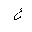
Letter: _ayn